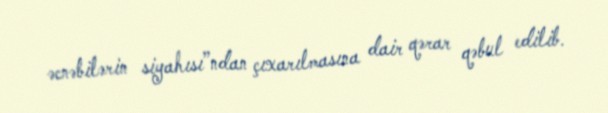
əcnəbilərin siyahısı”ndan çıxarılmasına dair qərar qəbul edilib.